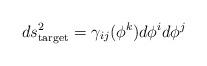
LaTeX: \begin{align*}ds^2_{\rm target} = \gamma_{ij}(\phi^k) d\phi^i d\phi^j\end{align*}